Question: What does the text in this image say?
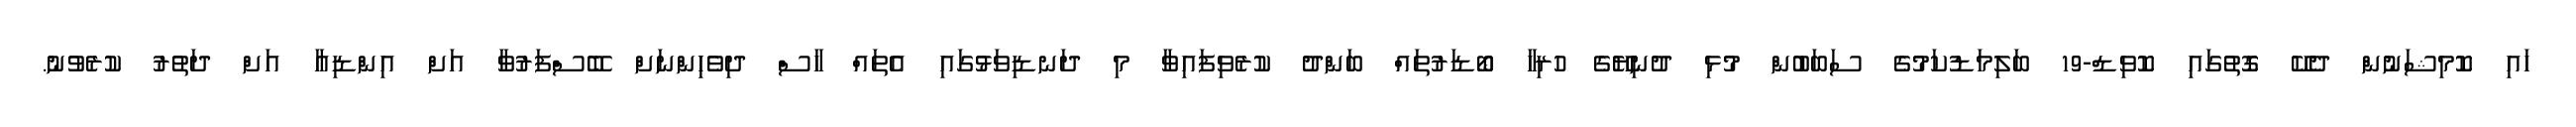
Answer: ހައި ކޮމިޝަނުން ދެކޭ ގޮތުގައި ކޮވިޑް-19 ބަލިމަޑުކަމުގެ ސަބަބުން މުޅި ދުނިޔޭގެ ހުރިހާ ބޯޑަރުތައް ބަންދު ކުރެވިފައިވާ މި ދަނޑިވަޅުގައި އެތައް ހާސް ދިވެހިންނަށް ބޭސްފަރުވާ އަށް އިންޑިއާ އަށް ދަތުރު ކުރެވުނު.